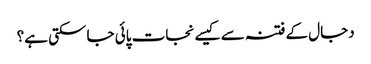
دجال کے فتنہ سے کیسے نجات پائی جاسکتی ہے؟